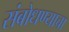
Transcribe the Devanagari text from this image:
संबोधण्याचा